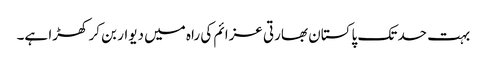
بہت حد تک پاکستان بھارتی عزائم کی راہ میں دیوار بن کر کھڑا ہے۔